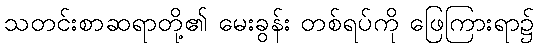
သတင်းစာဆရာတို့၏ မေးခွန်း တစ်ရပ်ကို ဖြေကြားရာ၌